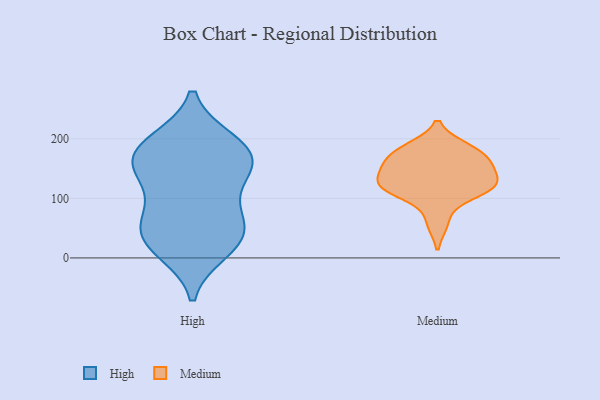
{"axis": {"x": "Energy Usage (MWh)", "y": "Value"}, "legend": ["High", "Medium"], "data": [{"x": "", "y": 73, "type": "High"}, {"x": "", "y": 187, "type": "High"}, {"x": "", "y": 50, "type": "High"}, {"x": "", "y": 12, "type": "High"}, {"x": "", "y": 156, "type": "High"}, {"x": "", "y": 168, "type": "High"}, {"x": "", "y": 79, "type": "High"}, {"x": "", "y": 32, "type": "High"}, {"x": "", "y": 150, "type": "High"}, {"x": "", "y": 18, "type": "High"}, {"x": "", "y": 45, "type": "High"}, {"x": "", "y": 194, "type": "High"}, {"x": "", "y": 153, "type": "High"}, {"x": "", "y": 196, "type": "High"}, {"x": "", "y": 130, "type": "High"}, {"x": "", "y": 175, "type": "Medium"}, {"x": "", "y": 152, "type": "Medium"}, {"x": "", "y": 152, "type": "Medium"}, {"x": "", "y": 153, "type": "Medium"}, {"x": "", "y": 119, "type": "Medium"}, {"x": "", "y": 123, "type": "Medium"}, {"x": "", "y": 115, "type": "Medium"}, {"x": "", "y": 111, "type": "Medium"}, {"x": "", "y": 122, "type": "Medium"}, {"x": "", "y": 185, "type": "Medium"}, {"x": "", "y": 181, "type": "Medium"}, {"x": "", "y": 59, "type": "Medium"}]}